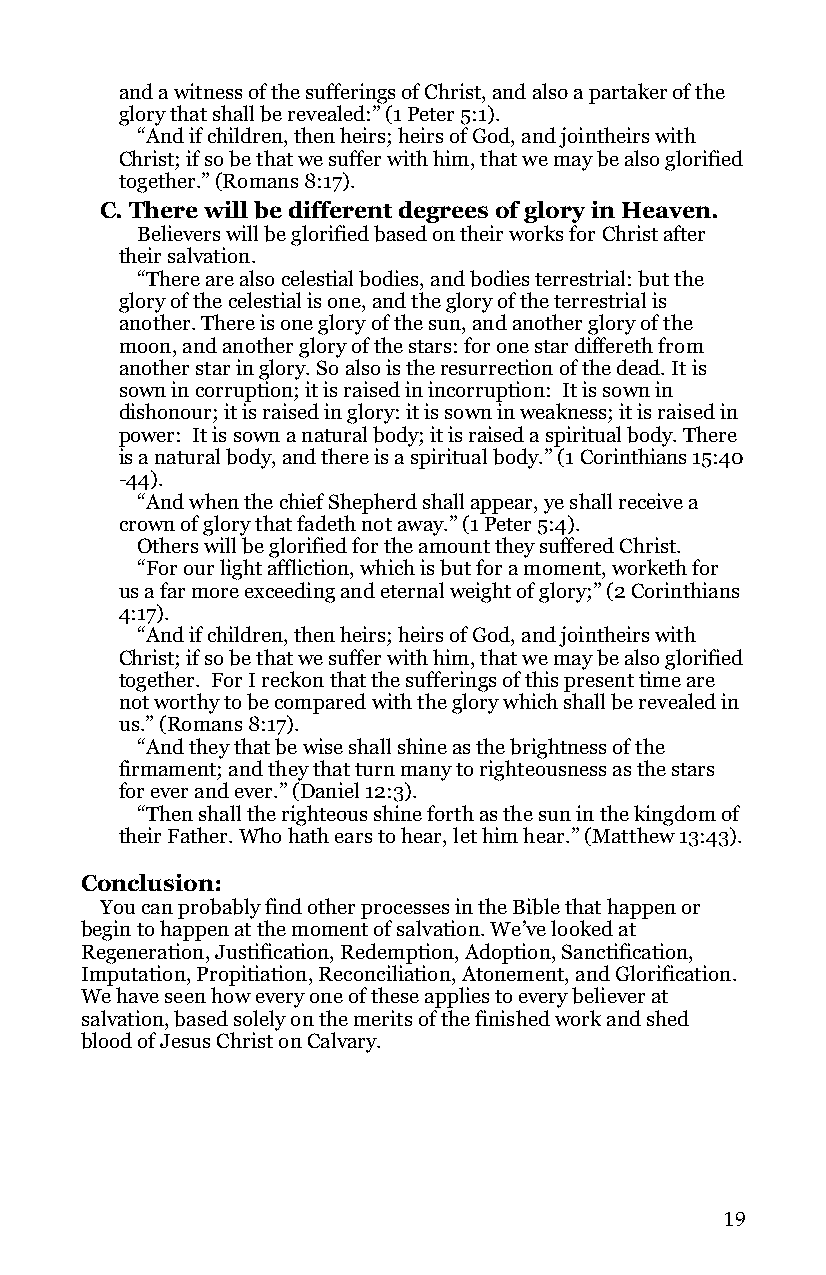
and a witness of the sufferings of Christ, and also a partaker of the
 glory that shall be revealed:” (1 Peter 5:1).
 “And if children, then heirs; heirs of God, and jointheirs with
 Christ; if so be that we suffer with him, that we may be also glorified
 together.” (Romans 8:17).
 C. There will be different degrees of glory in Heaven.
 Believers will be glorified based on their works for Christ after
 their salvation.
 “There are also celestial bodies, and bodies terrestrial: but the
 glory of the celestial is one, and the glory of the terrestrial is
 another. There is one glory of the sun, and another glory of the
 moon, and another glory of the stars: for one star differeth from
 another star in glory. So also is the resurrection of the dead. It is
 sown in corruption; it is raised in incorruption: It is sown in
 dishonour; it is raised in glory: it is sown in weakness; it is raised in
 power: It is sown a natural body; it is raised a spiritual body. There
 is a natural body, and there is a spiritual body.” (1 Corinthians 15:40
 -44).
 “And when the chief Shepherd shall appear, ye shall receive a
 crown of glory that fadeth not away.” (1 Peter 5:4).
 Others will be glorified for the amount they suffered Christ.
 “For our light affliction, which is but for a moment, worketh for
 us a far more exceeding and eternal weight of glory;” (2 Corinthians
 4:17).
 “And if children, then heirs; heirs of God, and jointheirs with
 Christ; if so be that we suffer with him, that we may be also glorified
 together. For I reckon that the sufferings of this present time are
 not worthy to be compared with the glory which shall be revealed in
 us.” (Romans 8:17).
 “And they that be wise shall shine as the brightness of the
 firmament; and they that turn many to righteousness as the stars
 for ever and ever.” (Daniel 12:3).
 “Then shall the righteous shine forth as the sun in the kingdom of
 their Father. Who hath ears to hear, let him hear.” (Matthew 13:43).
 Conclusion:
 You can probably find other processes in the Bible that happen or
 begin to happen at the moment of salvation. We’ve looked at
 Regeneration, Justification, Redemption, Adoption, Sanctification,
 Imputation, Propitiation, Reconciliation, Atonement, and Glorification.
 We have seen how every one of these applies to every believer at
 salvation, based solely on the merits of the finished work and shed
 blood of Jesus Christ on Calvary.
 19